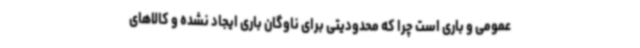
عمومی و باری است چرا که محدودیتی برای ناوگان باری ایجاد نشده و کالاهای